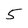
Character: 5